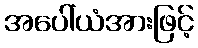
အပေါ်ယံအားဖြင့်